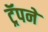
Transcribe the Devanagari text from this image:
ट्रॅपने